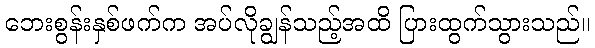
ဘေးစွန်းနှစ်ဖက်က အပ်လိုချွန်သည့်အထိ ပြားထွက်သွားသည်။